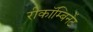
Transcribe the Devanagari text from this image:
रीकॉम्बिनेंट